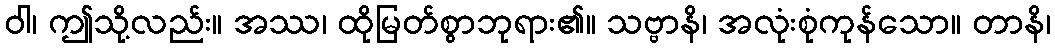
ဝါ၊ ဤသို့လည်း။ အဿ၊ ထိုမြတ်စွာဘုရား၏။ သဗ္ဗာနိ၊ အလုံးစုံကုန်သော။ တာနိ၊